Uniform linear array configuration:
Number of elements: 32
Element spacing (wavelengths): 0.75
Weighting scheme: hamming
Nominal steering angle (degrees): -45
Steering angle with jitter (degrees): -43.906
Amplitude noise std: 0.05
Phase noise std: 0.05

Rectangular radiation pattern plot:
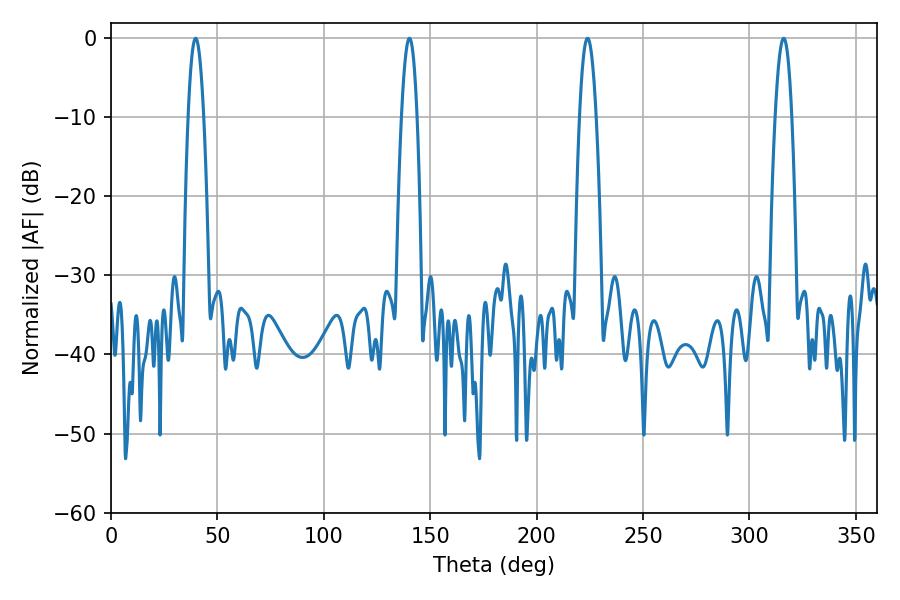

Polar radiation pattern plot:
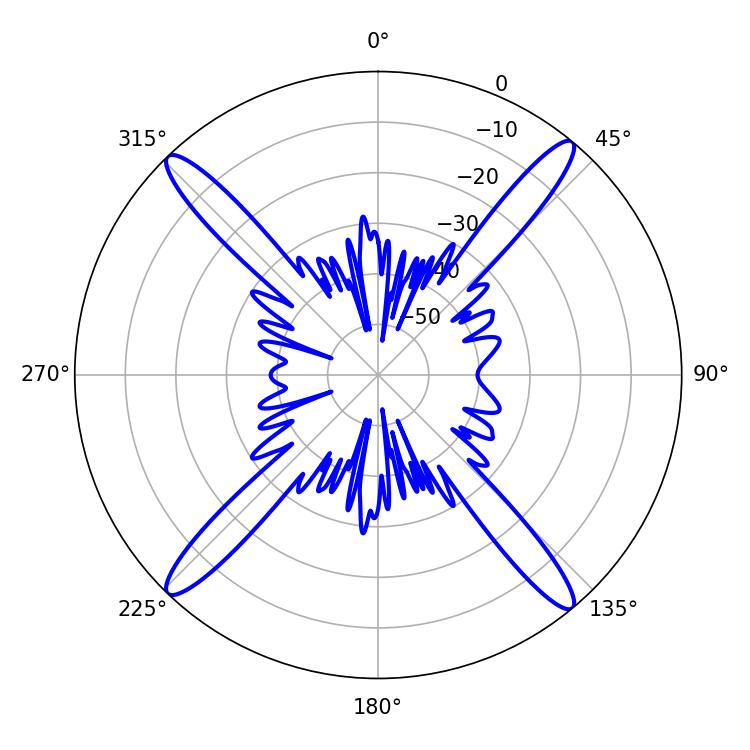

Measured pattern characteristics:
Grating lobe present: TRUE
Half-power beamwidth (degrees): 4.32
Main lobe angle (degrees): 223.92